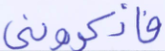
فاذكروني